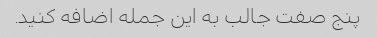
پنج صفت جالب به این جمله اضافه کنید.